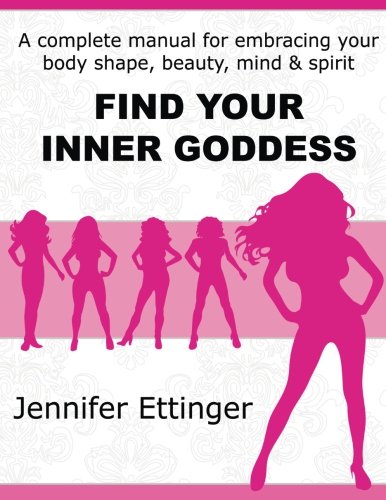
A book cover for Find Your Inner Goddess; Jennifer Ettinger; Health, Fitness & Dieting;